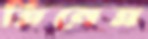
ত্রিনেত্র